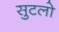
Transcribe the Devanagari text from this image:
सुटलो